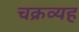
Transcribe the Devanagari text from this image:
चक्रव्यह